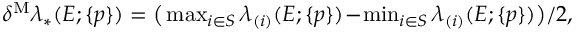
\begin{array} { r } { \delta ^ { \mathrm { M } } \lambda _ { * } ( E ; \{ p \} ) = \big ( \operatorname* { m a x } _ { i \in \cal { S } } \lambda _ { ( i ) } ( E ; \{ p \} ) \! - \! \operatorname* { m i n } _ { i \in \cal { S } } \lambda _ { ( i ) } ( E ; \{ p \} ) \big ) / 2 , } \end{array}